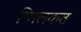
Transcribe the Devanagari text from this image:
म्मिलकत